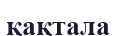
қақтала